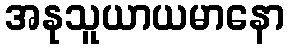
အနုသူယာယမာနော